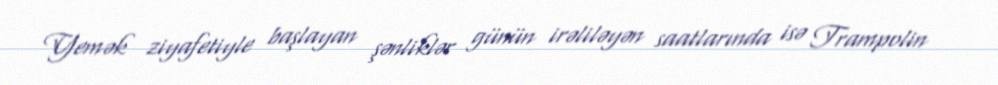
Yemək ziyafetiyle başlayan şənliklər günün irəliləyən saatlarında isə Trampolin